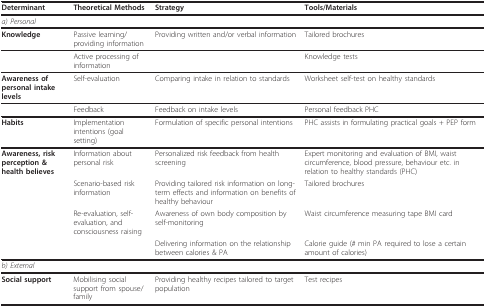
| Determinant | Theoretical Methods | Strategy | Tools/Materials |
 | --- | --- | --- | --- |
 | a) Personal |  |  |  |
 | Knowledge | Passive learning/providing information | Providing written and/or verbal information | Tailored brochures |
 |  | Active processing of information |  | Knowledge tests |
 | Awareness of personal intake levels | Self-evaluation | Comparing intake in relation to standards | Worksheet self-test on healthy standards |
 |  | Feedback | Feedback on intake levels | Personal feedback PHC |
 | Habits | Implementation intentions (goal setting) | Formulation of specific personal intentions | PHC assists in formulating practical goals + PEP form |
 | Awareness, risk perception & health believes | Information about personal risk | Personalized risk feedback from health screening | Expert monitoring and evaluation of BMI, waist circumference, blood pressure, behaviour etc. in relation to healthy standards (PHC) |
 |  | Scenario-based risk information | Providing tailored risk information on long-term effects and information on benefits of healthy behaviour | Tailored brochures |
 |  | Re-evaluation, self-evaluation, and consciousness raising | Awareness of own body composition by self-monitoring | Waist circumference measuring tape BMI card |
 |  |  | Delivering information on the relationship between calories & PA | Calorie guide (# min PA required to lose a certain amount of calories) |
 | b) External |  |  |  |
 | Social support | Mobilising social support from spouse/family | Providing healthy recipes tailored to target population | Test recipes |